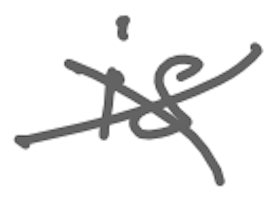
Text: is
Cross-out: cross
Writing tool: digital_gray